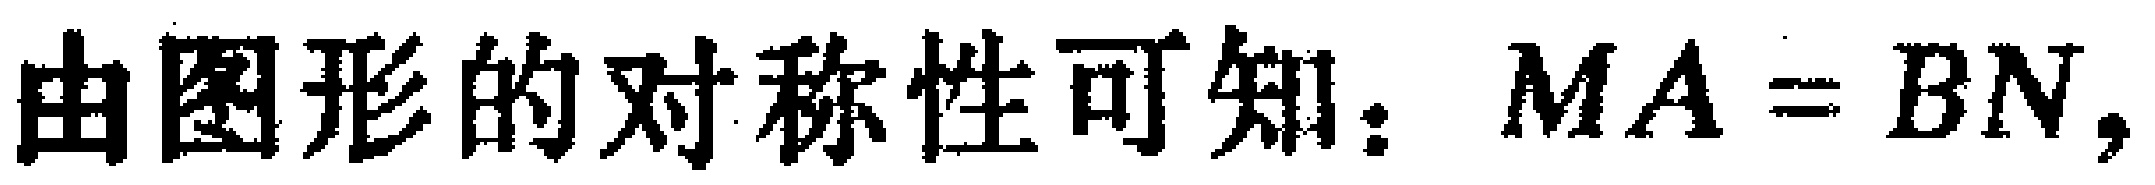
由图形的对称性可知：$MA = BN,$